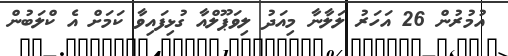
އުމުރުން 26 އަހަރު ލަލާނާ މިއަދު ލިވަޕޫލްއާ ގުޅިފައިވާ ކަމަށް އެ ކްލަބުން